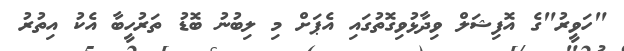
"ހަވީރު"ގެ އޮފިޝަލް ވިދާޅުވިގޮތުގައި އެޕަށް މި ލިބުނު ބޮޑު ތަރުހީބާ އެކު އިތުރު